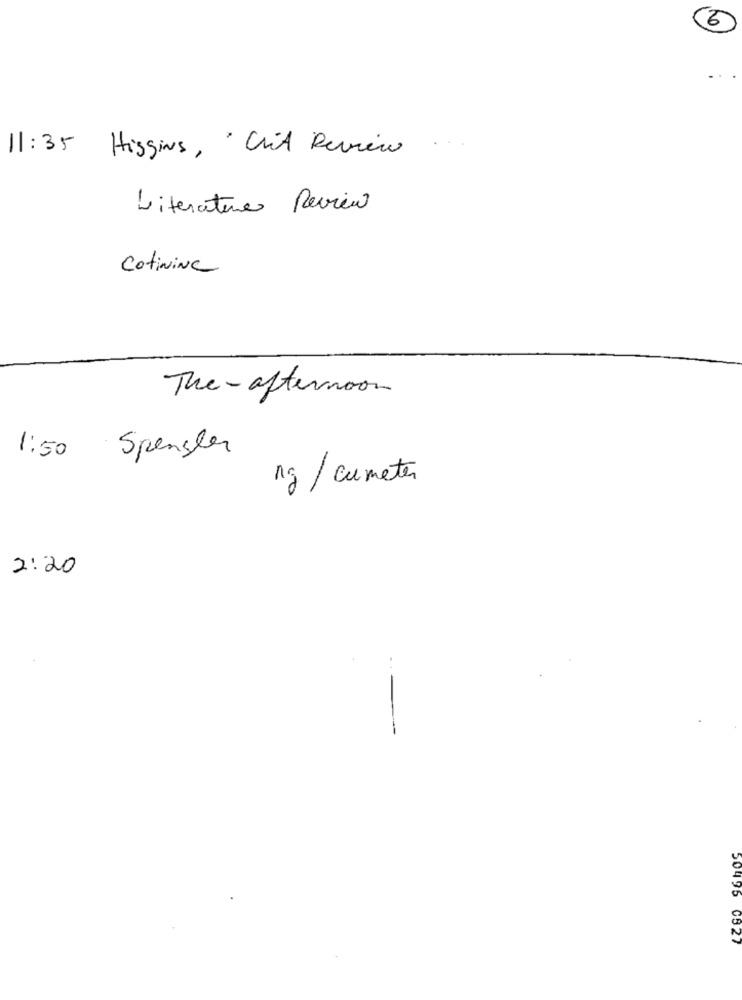
11:35
Higgins, " Crit Review
Literature Review
CotiNiNa
The- afternoon
Spengler
1:50
ng / cumeter
2:20
50495 0527